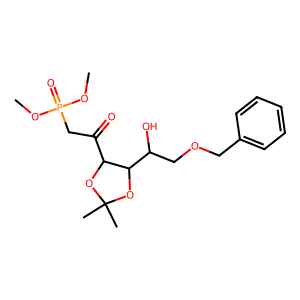
SMILES: COP(=O)(CC(=O)C1OC(C)(C)OC1C(O)COCc1ccccc1)OC
Inhibits HIV replication: No